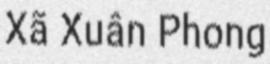
Xã Xuân Phong